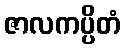
ဇာလကပ္ပိတံ